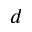
d